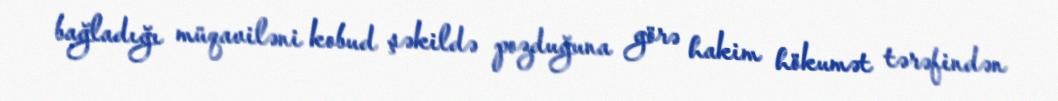
bağladığı müqaviləni kobud şəkildə pozduğuna görə hakim hökumət tərəfindən